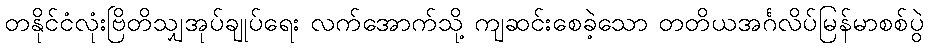
တနိုင်ငံလုံးဗြိတိသျှအုပ်ချုပ်ရေး လက်အောက်သို့ ကျဆင်းစေခဲ့သော တတိယအင်္ဂလိပ်မြန်မာစစ်ပွဲ